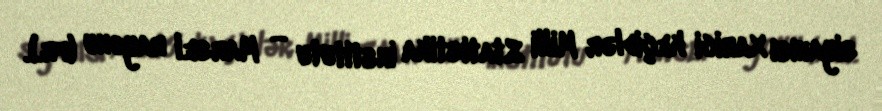
siyahısı Xarici keçidlər Milli Statistika İnstitutu — Marsel rayonu (fr.).